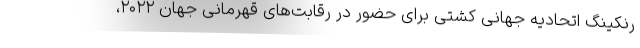
رنکینگ اتحادیه جهانی کشتی برای حضور در رقابت‌های قهرمانی جهان ۲۰۲۲،